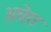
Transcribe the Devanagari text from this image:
अघेरा